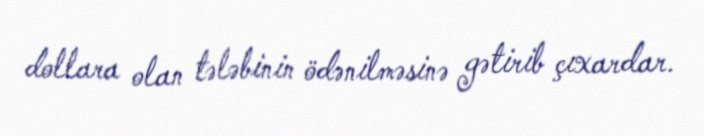
dollara olan tələbinin ödənilməsinə gətirib çıxardar.